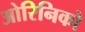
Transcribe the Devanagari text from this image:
ओरिनिको